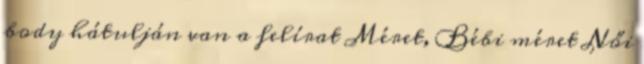
body hátulján van a felírat Méret, Bébi méret Női